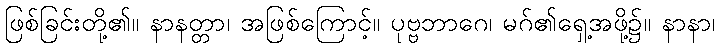
ဖြစ်ခြင်းတို့၏။ နာနတ္တာ၊ အဖြစ်ကြောင့်။ ပုဗ္ဗဘာဂေ၊ မဂ်၏ရှေ့အဖို့၌။ နာနာ၊